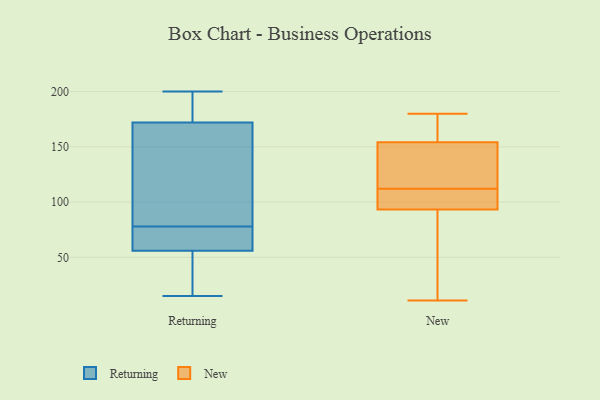
{"axis": {"x": "LTV (USD)", "y": "Value"}, "legend": ["New", "Returning"], "data": [{"x": "", "y": 38, "type": "Returning"}, {"x": "", "y": 142, "type": "Returning"}, {"x": "", "y": 64, "type": "Returning"}, {"x": "", "y": 80, "type": "Returning"}, {"x": "", "y": 158, "type": "Returning"}, {"x": "", "y": 74, "type": "Returning"}, {"x": "", "y": 76, "type": "Returning"}, {"x": "", "y": 91, "type": "Returning"}, {"x": "", "y": 172, "type": "Returning"}, {"x": "", "y": 192, "type": "Returning"}, {"x": "", "y": 55, "type": "Returning"}, {"x": "", "y": 189, "type": "Returning"}, {"x": "", "y": 56, "type": "Returning"}, {"x": "", "y": 15, "type": "Returning"}, {"x": "", "y": 56, "type": "Returning"}, {"x": "", "y": 33, "type": "Returning"}, {"x": "", "y": 200, "type": "Returning"}, {"x": "", "y": 176, "type": "Returning"}, {"x": "", "y": 108, "type": "New"}, {"x": "", "y": 160, "type": "New"}, {"x": "", "y": 112, "type": "New"}, {"x": "", "y": 156, "type": "New"}, {"x": "", "y": 147, "type": "New"}, {"x": "", "y": 94, "type": "New"}, {"x": "", "y": 176, "type": "New"}, {"x": "", "y": 55, "type": "New"}, {"x": "", "y": 149, "type": "New"}, {"x": "", "y": 180, "type": "New"}, {"x": "", "y": 93, "type": "New"}, {"x": "", "y": 112, "type": "New"}, {"x": "", "y": 11, "type": "New"}, {"x": "", "y": 100, "type": "New"}, {"x": "", "y": 27, "type": "New"}]}